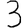
Digit: 3